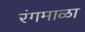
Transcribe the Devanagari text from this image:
रंगमाळा